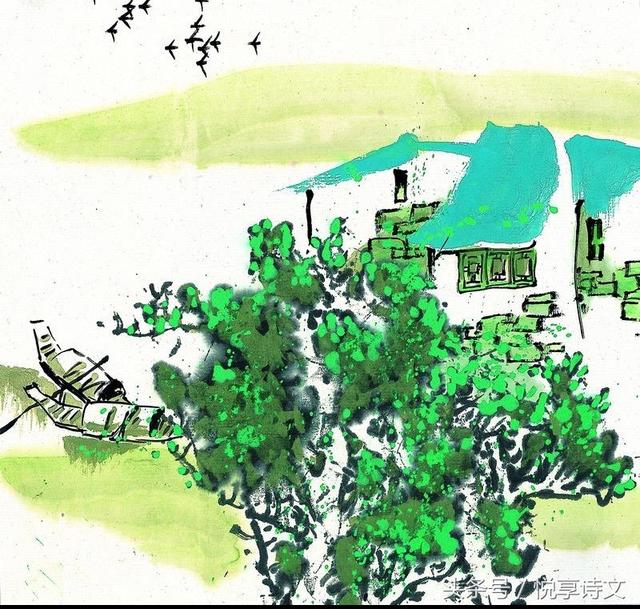
绿净春深好染衣。际柴扉。